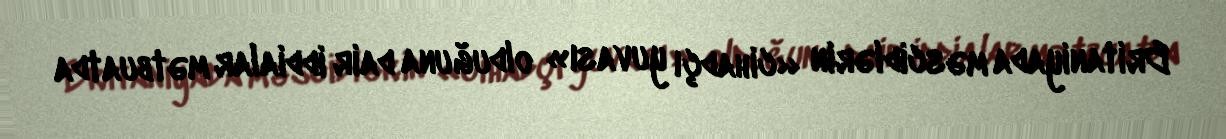
Britaniyada məscidlərin «cihadçı yuvası» olduğuna dair iddialar mətbuatda